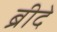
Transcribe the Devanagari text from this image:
ब्रीदे